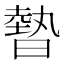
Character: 暬